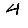
Digit: 4